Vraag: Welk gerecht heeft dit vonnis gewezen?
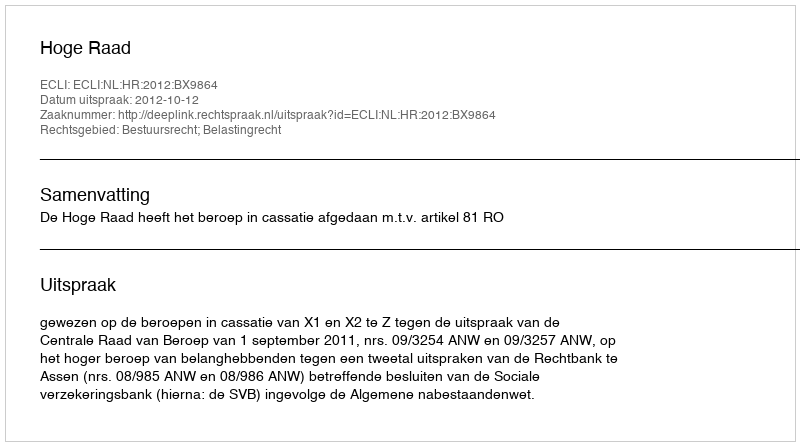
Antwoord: Hoge Raad